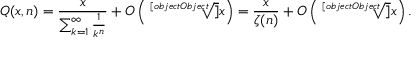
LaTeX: Q ( x , n ) = { \frac { x } { \sum _ { k = 1 } ^ { \infty } { \frac { 1 } { k ^ { n } } } } } + O \left( { \sqrt [ [object Object] ] { x } } \right) = { \frac { x } { \zeta ( n ) } } + O \left( { \sqrt [ [object Object] ] { x } } \right) .